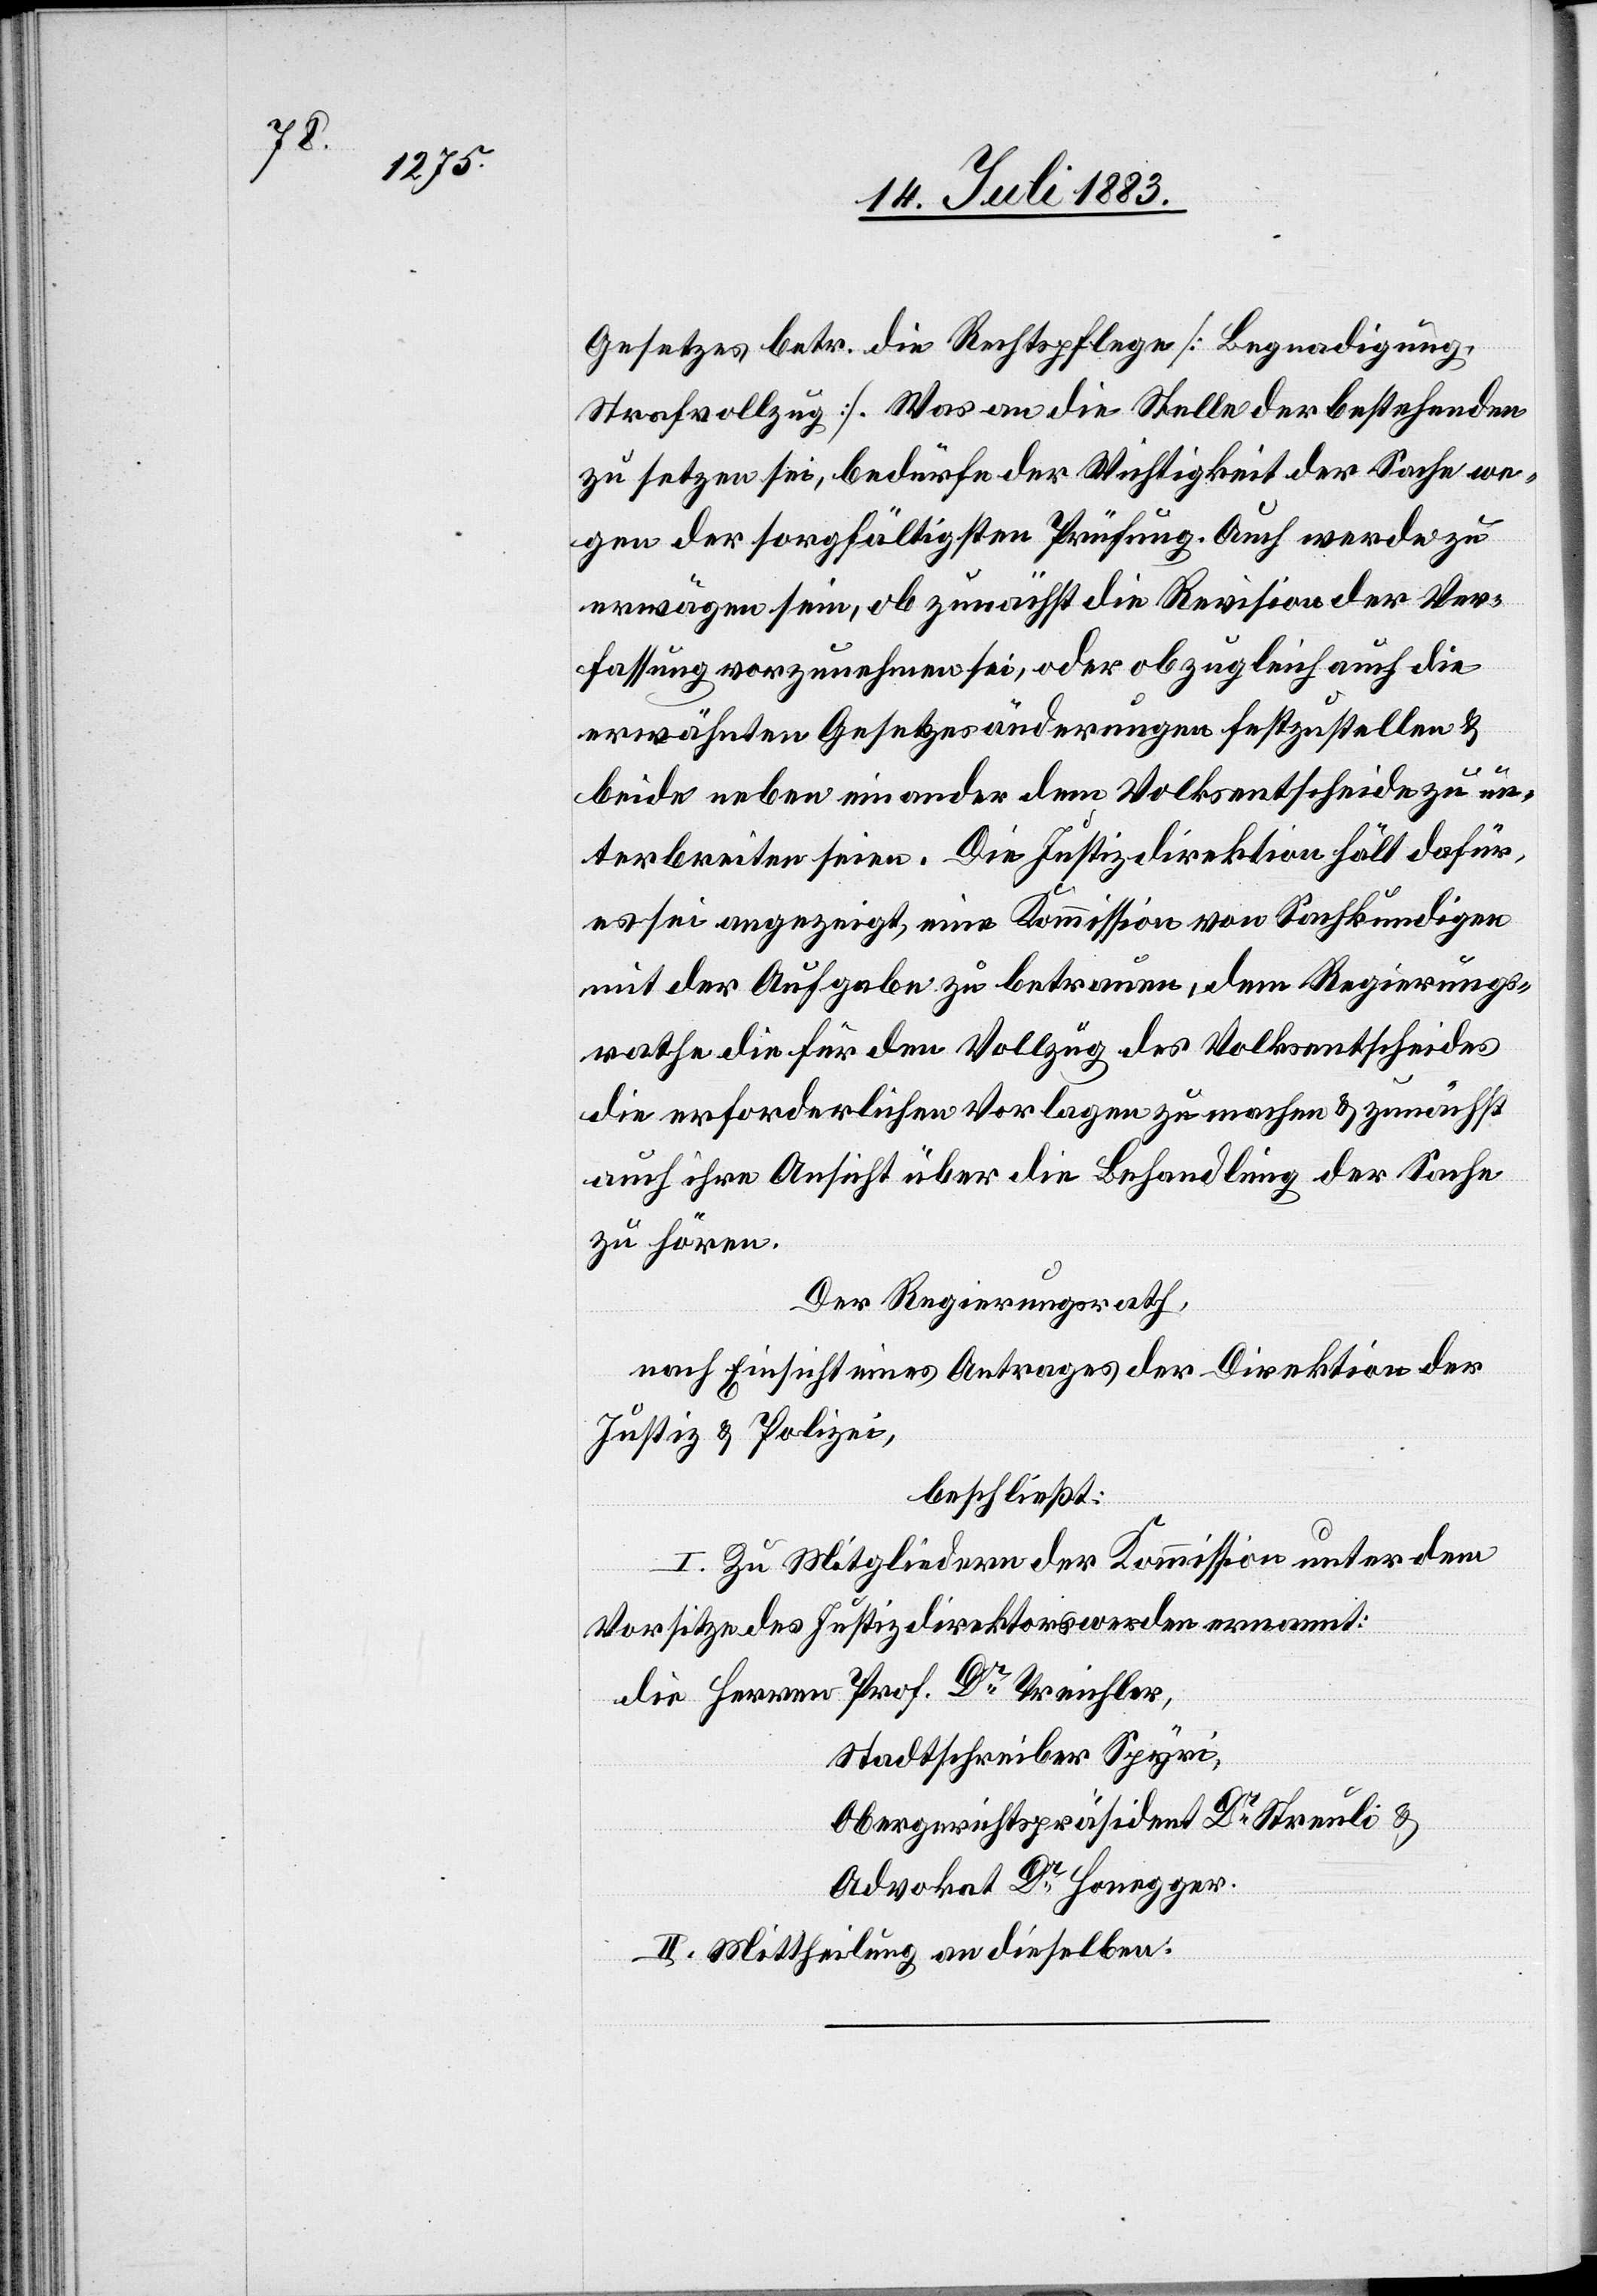
Gesetzes betr. die Rechtspflege [Begnadigung,
Strafvollzug]. Was an die Stelle der bestehenden
zu setzen sei, bedürfe der Wichtigkeit der Sache we¬
gen der sorgfältigen Prüfung. Auch werde zu
erwägen sein, ob zunächst die Revision der Ver¬
fassung vorzunehmen sei, oder ob zugleich auch die
erwähnten Gesetzesänderungen festzustellen &
beide neben einander dem Volksentscheide zu un¬
terbreiten seien. Die Justizdirektion hält dafür,
es sei angezeigt, eine Kommission von Sachkundigen
mit der Aufgabe zu betrauen, dem Regierungs¬
rathe die für den Vollzug des Volksentscheides
erforderlichen Vorlagen zu machen & zunächst
auch ihre Ansicht über die Behandlung der Sache
zu hören.
Der Regierungsrath,
nach Einsicht eines Antrages der Direktion der
Justiz & Polizei,
beschließt:
I. Zu Mitgliedern der Kommission unter dem
Vorsitze des Justizdirektors werden ernannt:
Stadtschreiber Spyri,
Obergerichtspräsident Dr Streuli &
Advokat Dr Honegger.
II. Mittheilung an dieselben.